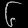
Digit: ၆